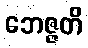
ဘေဇ္ဇတိ